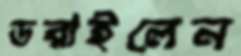
ডরাইলেন